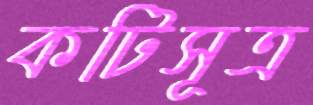
কটিসূত্র